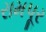
રામપૂર